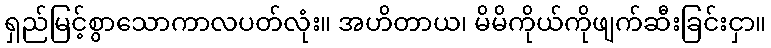
ရှည်မြင့်စွာသောကာလပတ်လုံး။ အဟိတာယ၊ မိမိကိုယ်ကိုဖျက်ဆီးခြင်းငှာ။